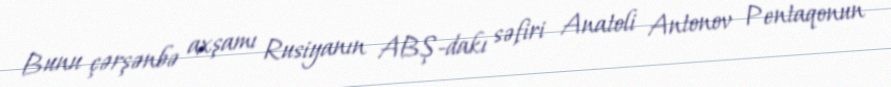
Bunu çərşənbə axşamı Rusiyanın ABŞ-dakı səfiri Anatoli Antonov Pentaqonun